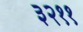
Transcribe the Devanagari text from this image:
३२११